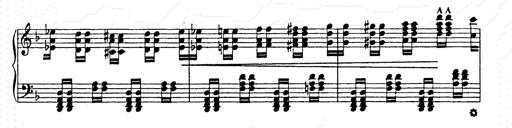
Title: AnnÃ©es de pÃ¨lerinage II
Composer: Franz Liszt